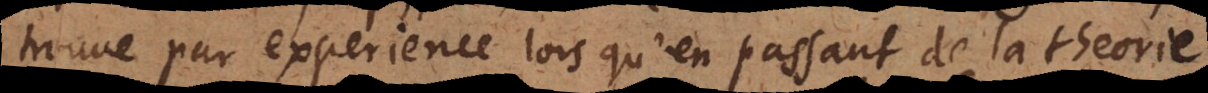
trouve par experience lorsqu’en passant de la theorie